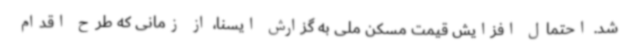
شد. احتمال افزایش قیمت مسکن ملی به گزارش ایسنا، ‌از زمانی که طرح اقدام